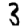
Digit: 3